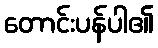
တောင်းပန်ပါ၏